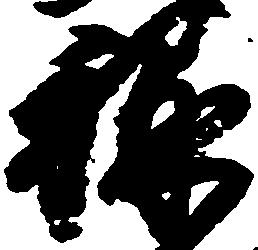
禄